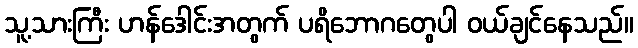
သူ့သားကြီး ဟန်ဒေါင်းအတွက် ပရိဘောဂတွေပါ ဝယ်ချင်နေသည်။